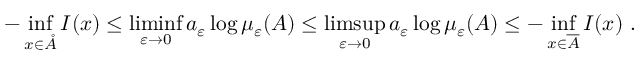
- \operatorname* { i n f } _ { x \in \mathring { A } } I ( x ) \leq \operatorname* { l i m i n f } _ { \varepsilon \rightarrow 0 } a _ { \varepsilon } \log \mu _ { \varepsilon } ( A ) \leq \operatorname* { l i m s u p } _ { \varepsilon \rightarrow 0 } a _ { \varepsilon } \log \mu _ { \varepsilon } ( A ) \leq - \operatorname* { i n f } _ { x \in \overline { { A } } } I ( x ) \ .